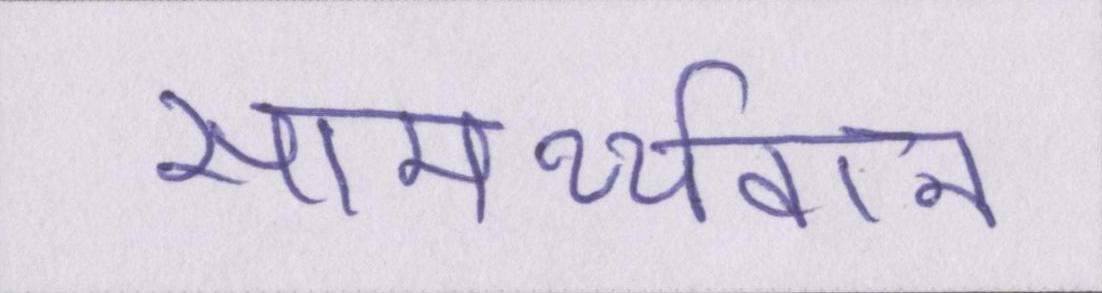
सामर्थ्यवान